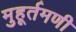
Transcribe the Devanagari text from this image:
मुहूर्तमणी